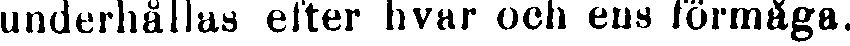
underhållas efter hvar ocb ens förmåga.